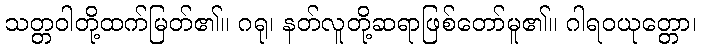
သတ္တဝါတို့ထက်မြတ်၏။ ဂရု၊ နတ်လူတို့ဆရာဖြစ်တော်မူ၏။ ဂါရဝယုတ္တော၊